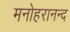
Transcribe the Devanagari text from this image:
मनोहरानन्द